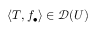
\langle T , f _ { \bullet } \rangle \in { \mathcal { D } } ( U )